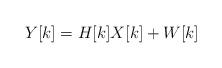
LaTeX: \begin{align*}Y[k] = H[k]X[k] + W[k]\end{align*}